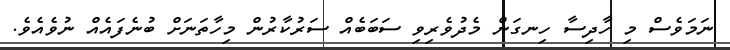
ނަމަވެސް މި ހާދިސާ ހިނގަން މެދުވެރިވި ސަބަބެއް ސަރުކާރުން މިހާތަނަށް ބުނެފައެއް ނުވެއެވެ.